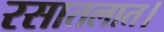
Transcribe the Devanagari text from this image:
रसातलात।